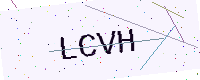
Text: LCVH